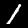
Digit: 1